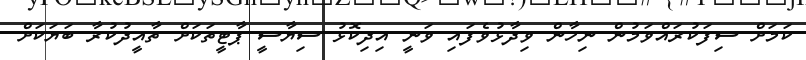
ކަމަށް ސިފަކުރައްވަމުން ނިހާން ވިދާޅުވެފައި ވަނީ އިދިކޮޅު ސިޔާސީ ޕާޓީތަކަށް ތާއީދުކުރާ ބަޔަކަށް